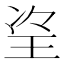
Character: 𱮼